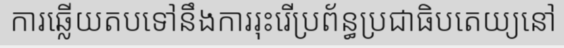
ការឆ្លើយតបទៅនឹងការរុះរើប្រព័ន្ធប្រជាធិបតេយ្យនៅ